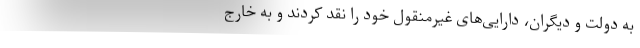
به دولت و دیگران، دارایی‌های غیرمنقول خود را نقد کردند و به خارج